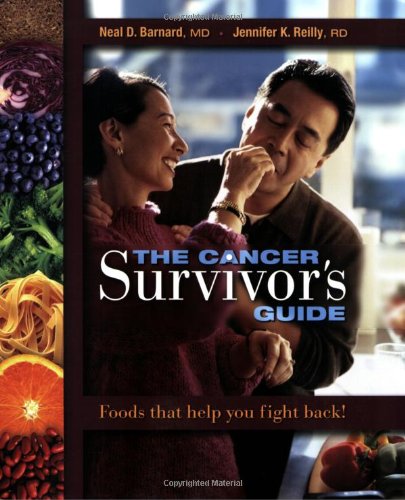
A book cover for The Cancer Survivor's Guide: Foods That Help You Fight Back; Neal Barnard; Cookbooks, Food & Wine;